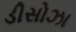
ડીસોઝા